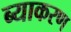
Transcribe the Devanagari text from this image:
ब्याकरण